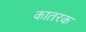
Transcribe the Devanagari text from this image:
कातरक